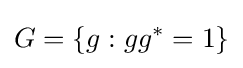
G=\lbrace g:gg^{*}=1\rbrace